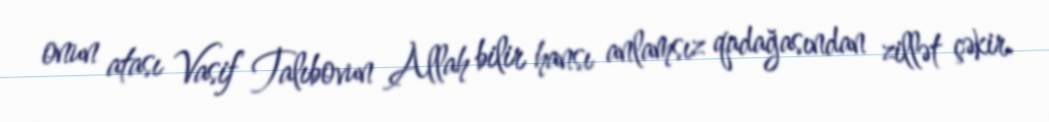
onun atası Vasif Talıbovun Allah bilir hansı anlamsız qadağasından zillət çəkir.